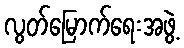
လွတ်မြောက်ရေးအဖွဲ့